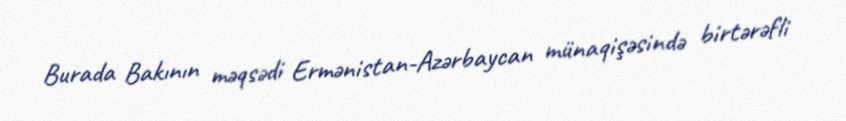
Burada Bakının məqsədi Ermənistan-Azərbaycan münaqişəsində birtərəfli